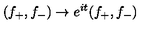
( f _ { + } , f _ { - } ) \to e ^ { i t } ( f _ { + } , f _ { - } )